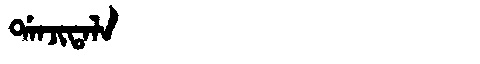
Manchu: ᡩᠠᠨᠵᡳᡨᠠᠯᠠ
Romanization: DANJITALA